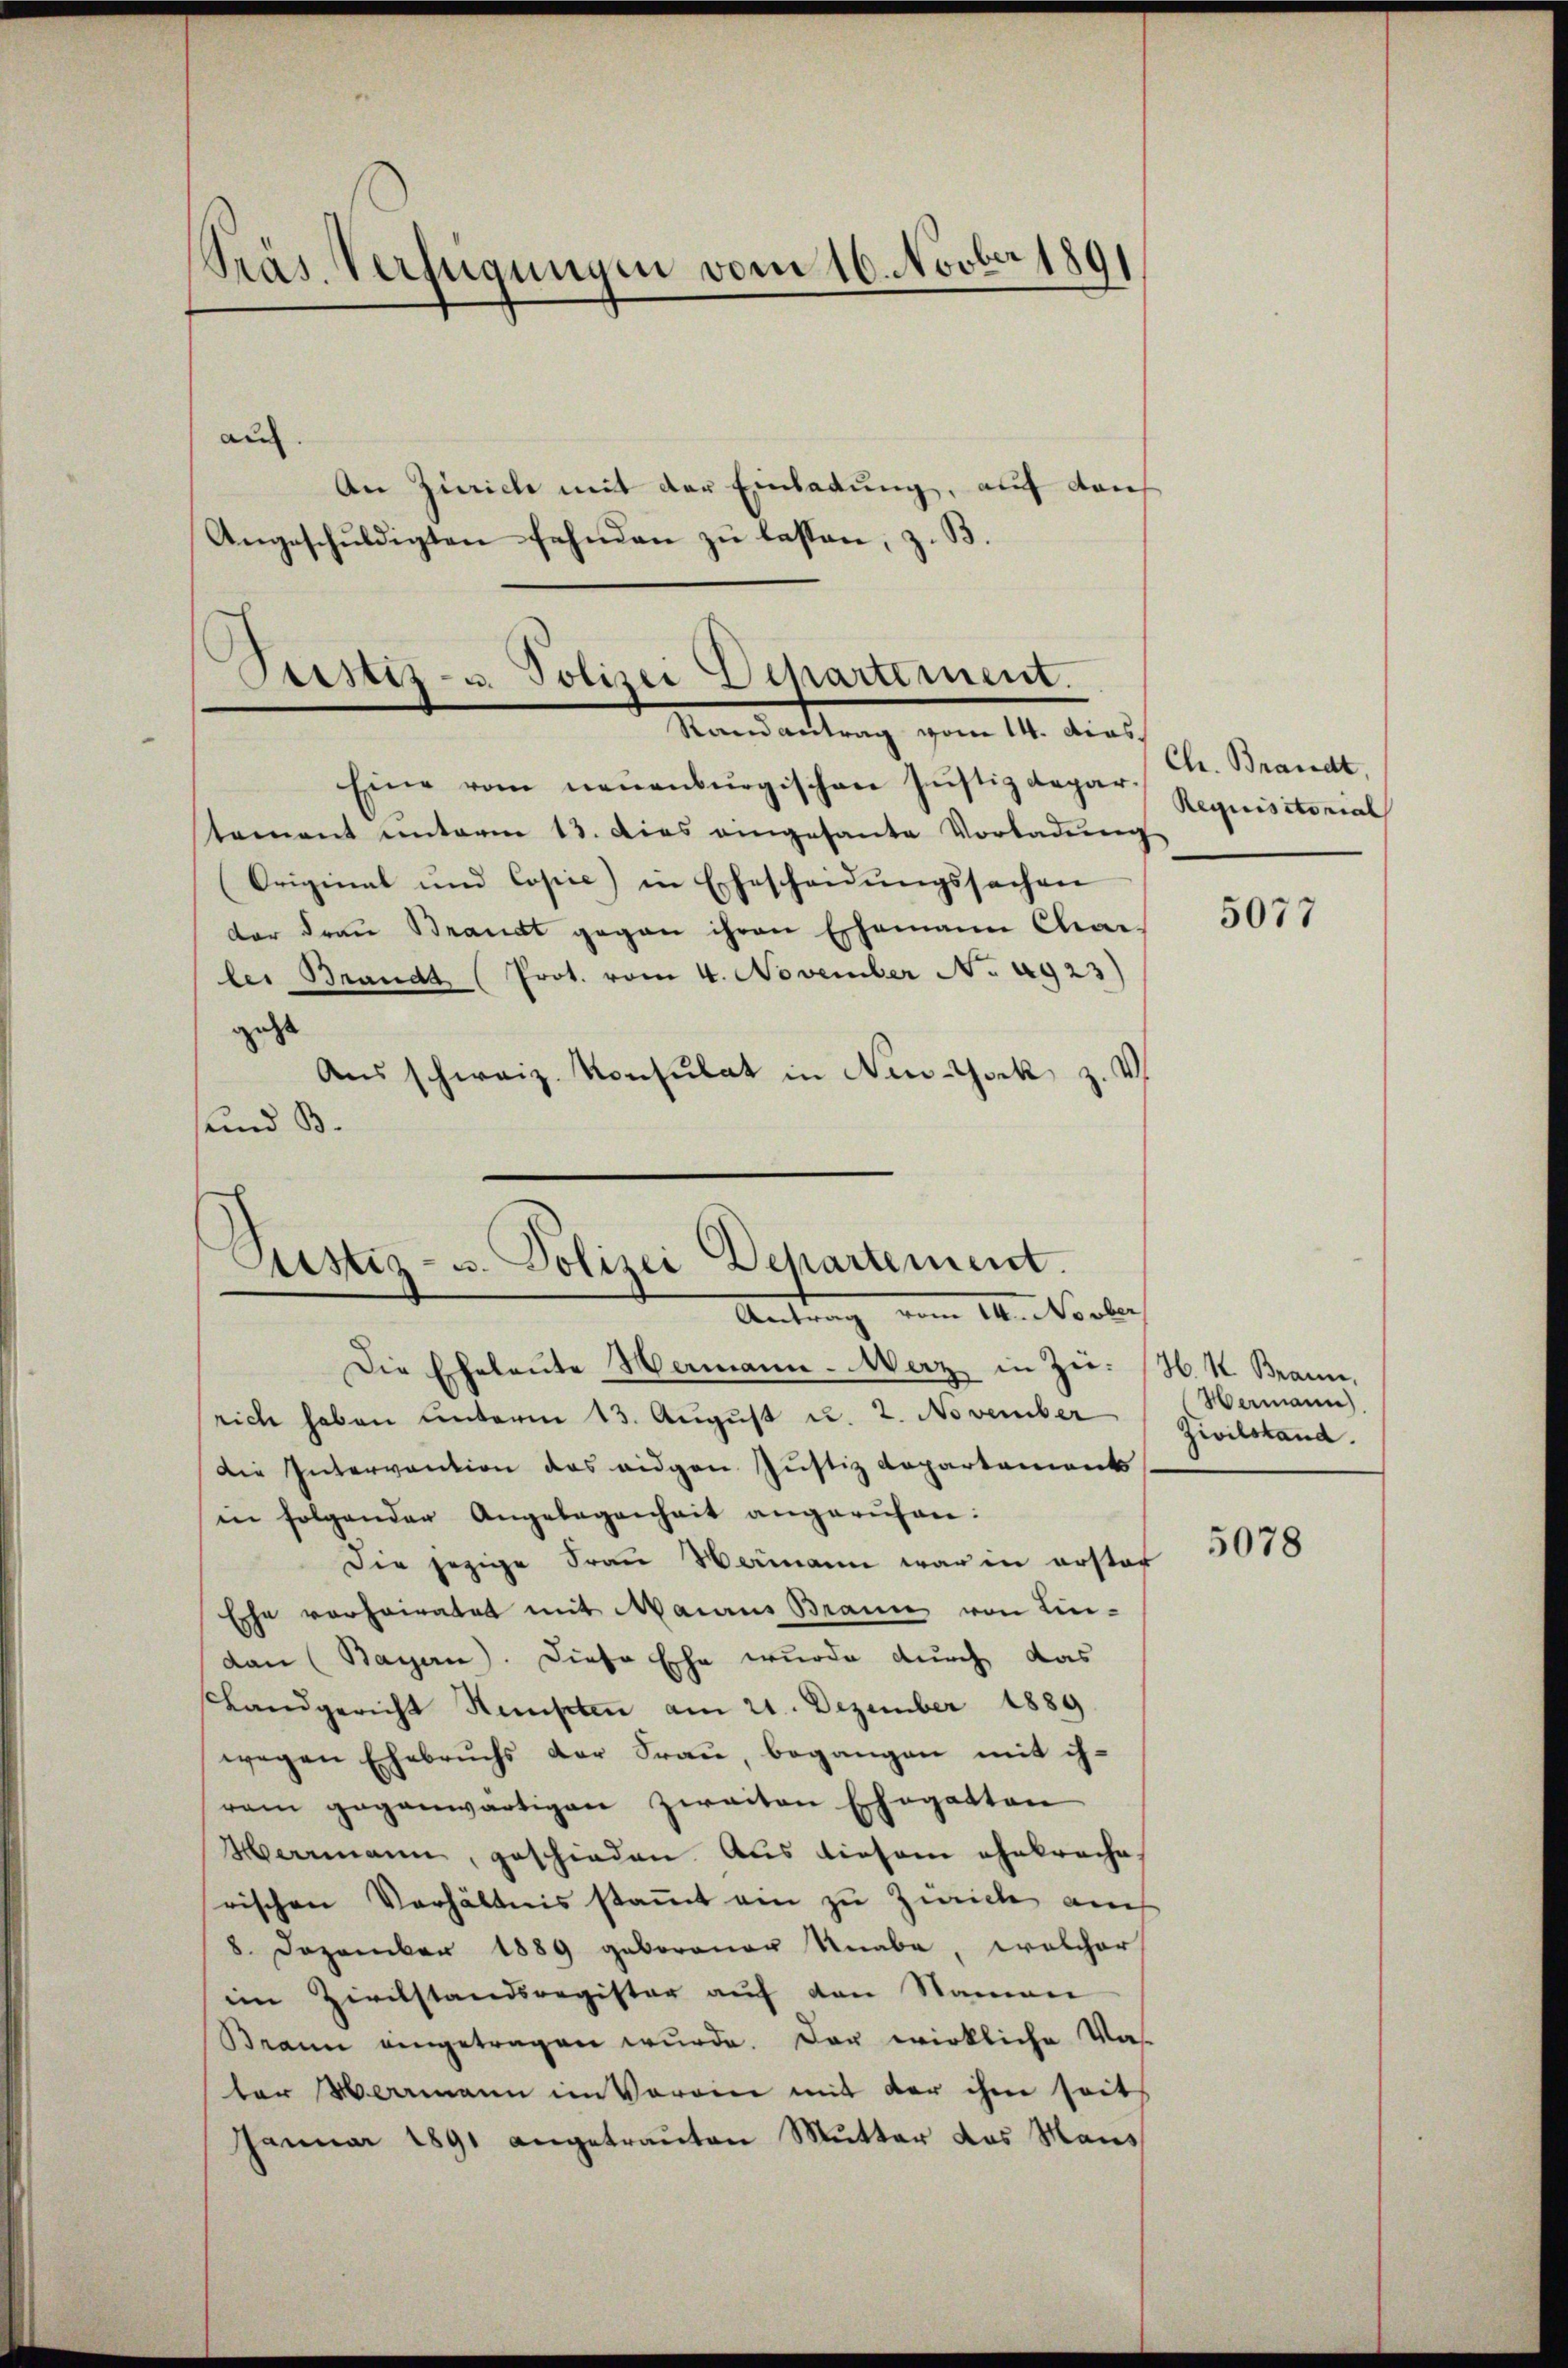
Präs. Verfügungen vom 16. Novber 1891

au
An Zürich mit der Einladung, auf dan
Angeschuldigten fehnden zu lassen, z. B.

Sistiz- u. Polizei Departement.
Mandachtung vom 14. dies

Eine vom neuenburgischen Justizdepar. Chr. Brandt,
stament unterm 13. Dies eingesante Vorladŭng
Original und Copie) in Ehescheidŭngssachen
der Fraŭ Brandt gegen ihren Ehemann Charler Brandt (Prot. vom 4. November No. 4923)
geht
Aus schweiz. Konsulat in New-York z. v.
sund B

Justiz- u. Polizei Departement.
Antrag vom 14. Vorber

Die Eheleute Hermann - Merz in Zei- (H. V. Braun,
rich haben ŭnterm 13. Aŭgŭst u. 2. November " (Wermann
die Intervention des eidgen Justiz Repartement
in folgender Angelegenheit angerŭfen:
Die jezige Frau Wamann war in erster
Ehe vorheiratet mit Maraus Brann von Lindann (Bayern). Diese Ehe wurde durch das
Landgericht Samsten am 21. Dezember 1889
wegen Ehebruchs der Fraŭ, begangen mit ih-
ram gegenwärtigen zweiten Ehegatten
Marrmann, geschieden Aus diesem ehebrache,
rischen Verhältnis stammt ein zu Zürich auch
8 Dezember 1889 geborener Knabe, welcher
iin Zivilstandsregister auf den Namen
Bann eingetragen wŭrde. Der wirkliche Vas
ter Wermann im Verein mit der ihm seits
Januar 1891 angetrauten Mutter das Mans

Requisitorial

5077

Zivilstand.

5078